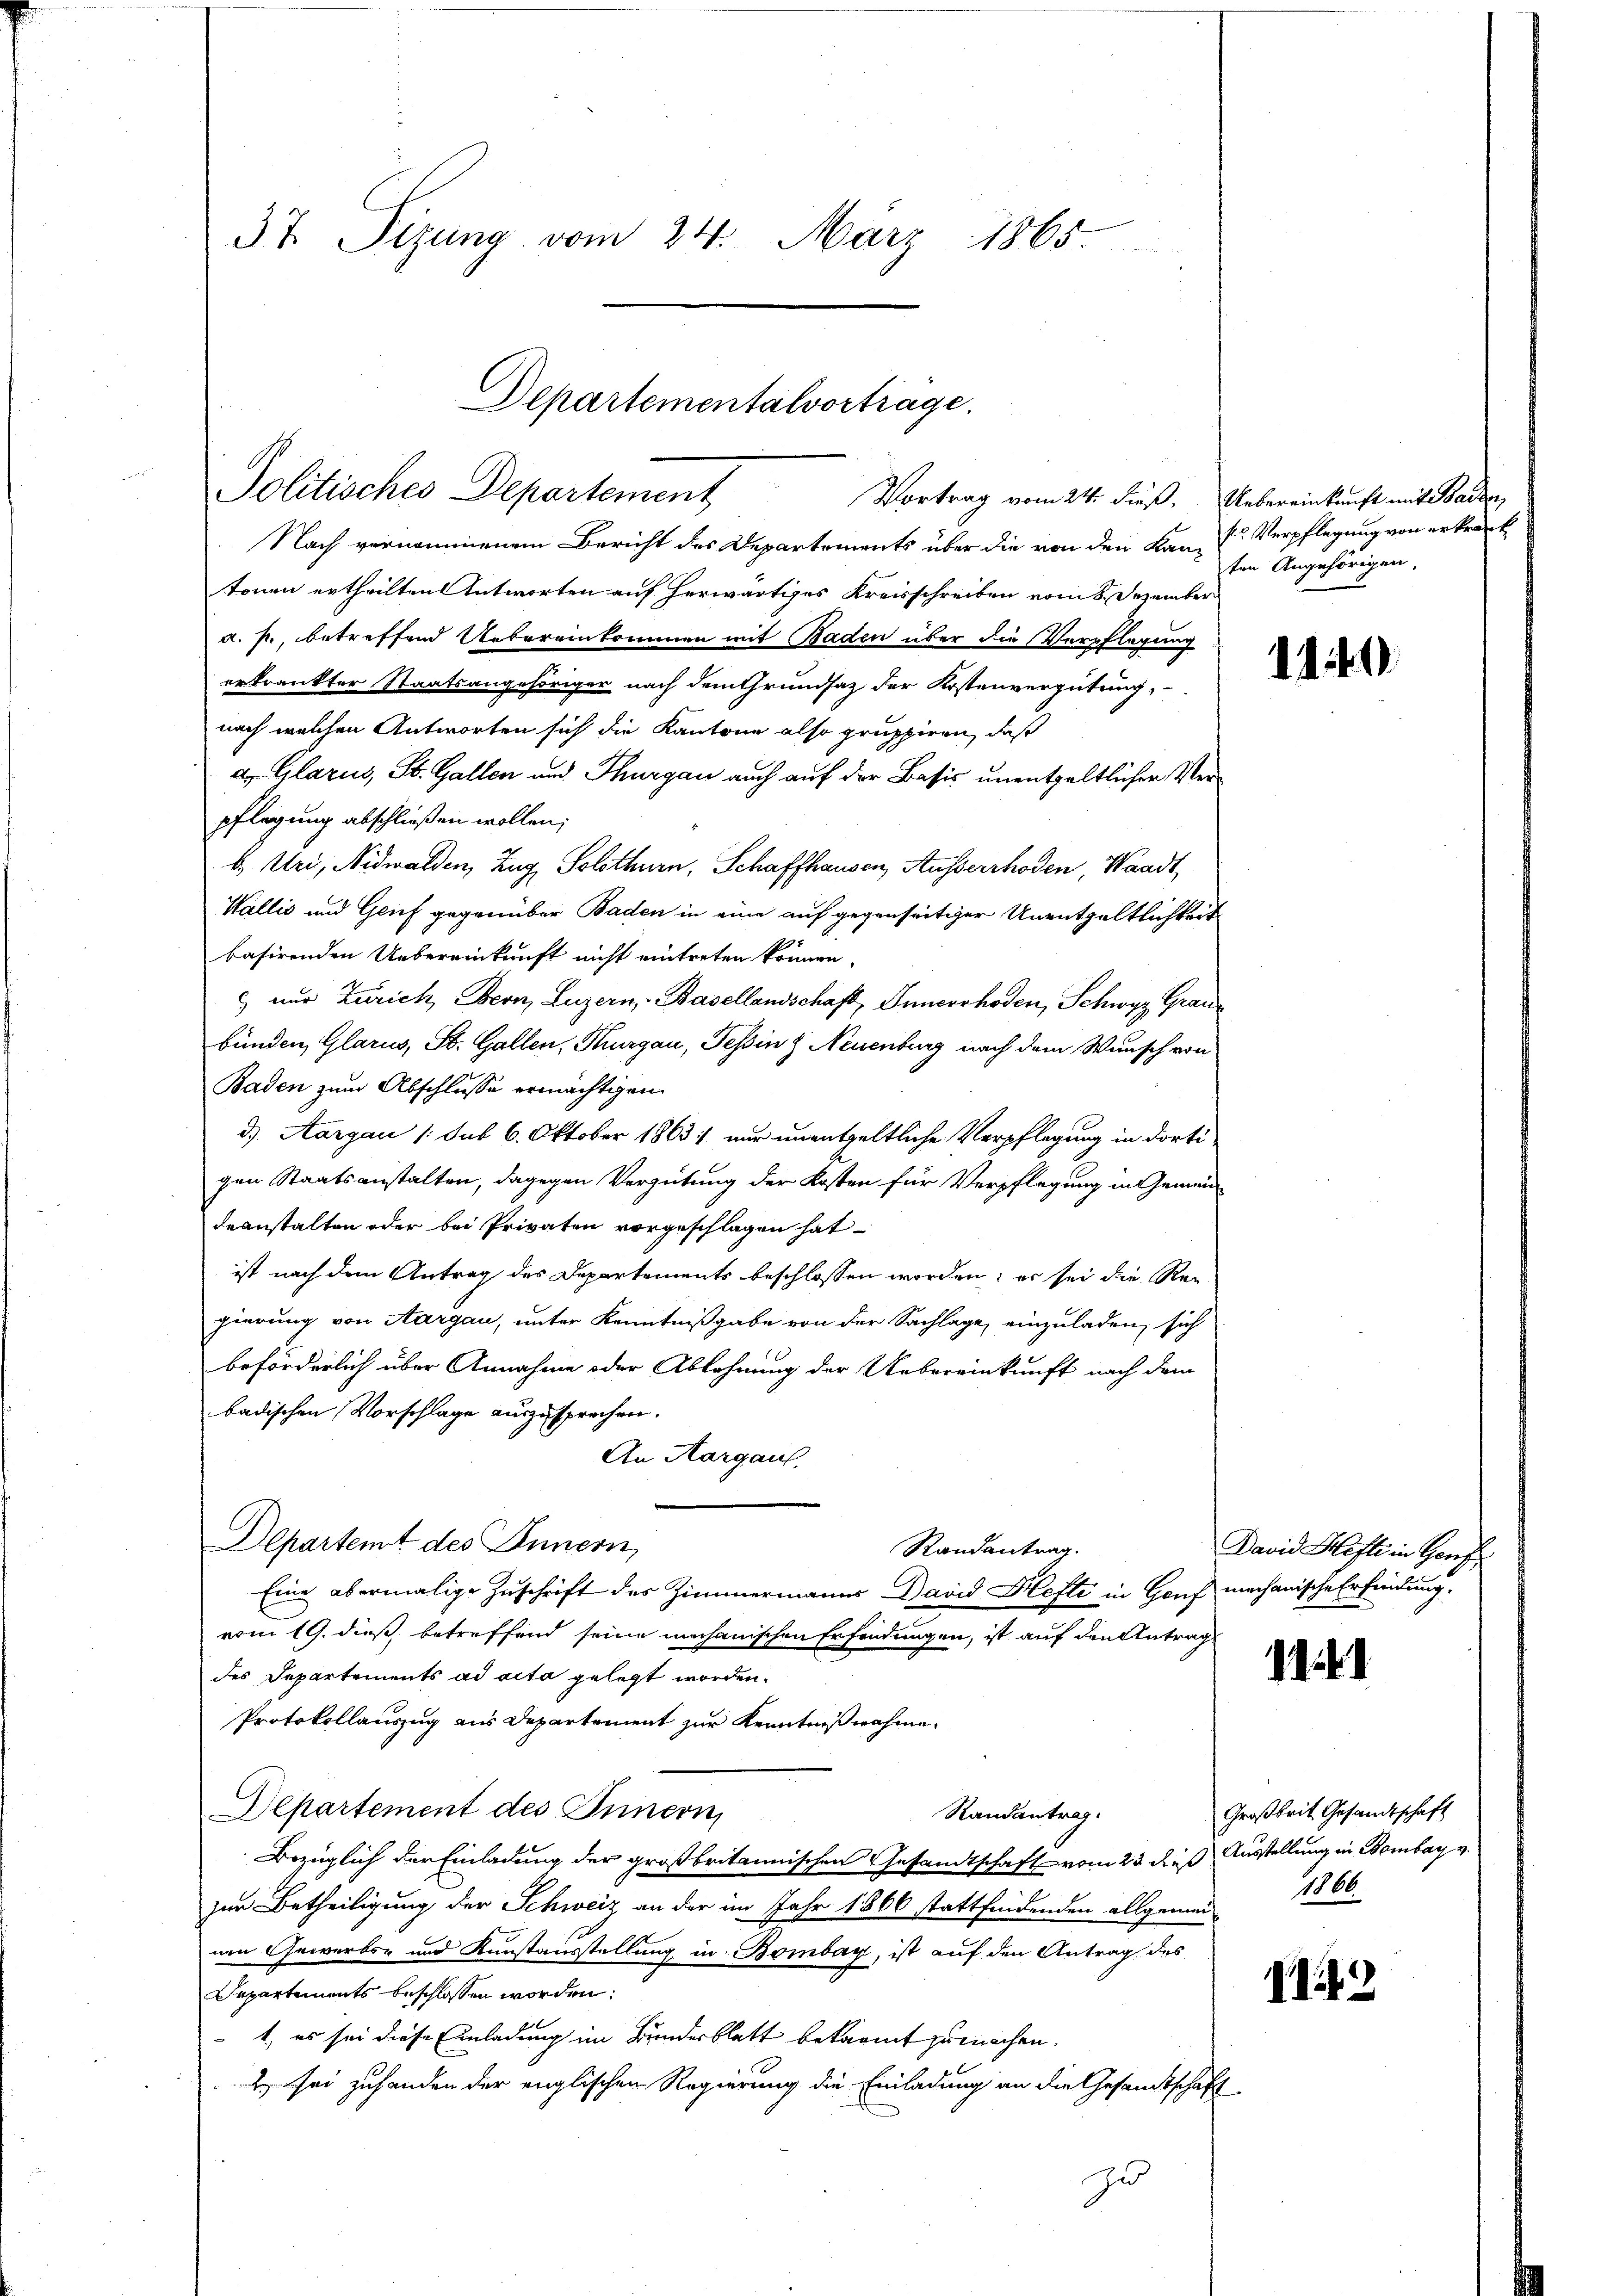
37. Sizung vom 24. März 1865.

Departementalvortrage.
Politisches Departement
Vortrag vom 24. dieß. Uebereinkunft mit Baden,

Nach vernommenem Bericht des Departements über die von den Kan-
tonen ertheilten Antworten auf herwärtiges Kreisschreiben vom 8. Dezember
a. p., betreffend Uebereinkommen mit Baden über die Verpflegung
erkrankter Staatsangehöriger nach dem Grundsatz der Kostenvergütung,
nach welchen Antworten sich die Kantone also gruppiren, daß
d Glarus, St. Gallen und Thurgau auch auf der Bassis unentgeltlicher Verpflegung abschließen wollen;
b. Uri, Nidwalden, Zug, Solothurn, Schaffhausen, Ausserrhoden, Waadt,
Wallis und Genf gegenüber Baden in eine auf gegenseitiger Unentgeltlichkeit
basirenden Uebereinkunft nicht eintreten können.
 nur Zürich, Bern, Luzern, Basellandschaft, Innerrhoden, Schwyz Graubünden, Glarus, St. Gallen, Thurgau, Teßin z Neuenburg nach dem Wunsch von
Baden zum Abschlusse ermächtigen
d). Aargau 1 sub 6. Oktober 1863 :/ nur unentgeltliche Verpflegung in dortigen Staatsanstalten, dagegen Vergütung der Kosten für Verpflegung in Gemeindeanstalten oder bei Privaten vorgeschlagen hat
ist nach dem Antrag des Departements beschlossen worden; er sei die Regierung von Aargau, unter Kenntnißgabe von der Sachlage, einzuladen, sich
beförderlich über Annahme oder Ablehnung der Uebereinkunft nach dem
badischen Vorschlage auszusprechen.
An Aargau,
Departent des Innern,
Randantrag.
Eine abermalige Zuschrift des Zimmermanns David Hefte in Genf mechanische Erfindung,
vom 19. dieß betreffend seine mechanischen Erfindungen, ist auf den Antrag
des Departements ad acta gelegt worden.
Protokollauszug aus Departement zur Kenntnißnahme.
Departement des Innern,
Randantrag.
Bezüglich der Einladung der großbritannischen Gesandtschaft vom 23 dieß Ausstellung in Bombay v.
zur Betheiligung der Schweiz an der im Jahr 1866 stattfindenden allgemer 1866.
nen Gewerbs- und Kunstausstellung in Bombar, ist auf den Antrag des
Departements beschlossen worden.
1., es sei diese Einladung im Bundesblatt bekannt zu machen.
 sei zuhanden der englischen Regierung die Einladung an die Gesandtschaft
zu

sr Verpflegung von erkrank
ten Angehörigen,

1140

David Hefte in Genf

.

Großbrit Gesandtschaft

143